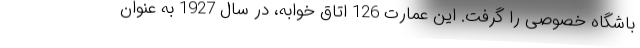
باشگاه خصوصی را گرفت. این عمارت 126 اتاق خوابه، در سال 1927 به عنوان